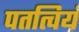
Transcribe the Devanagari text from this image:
पतत्वियं